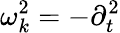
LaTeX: \omega_{k}^{2}=-\partial_{t}^{2}